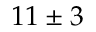
1 1 \pm 3